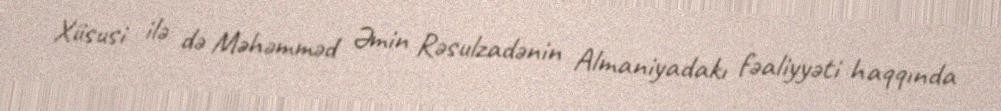
Xüsusi ilə də Məhəmməd Əmin Rəsulzadənin Almaniyadakı fəaliyyəti haqqında